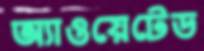
অ্যাওয়েটেড